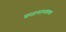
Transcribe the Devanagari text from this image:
प्रधानाध्यपक